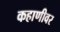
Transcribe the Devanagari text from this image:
कहाणीवर